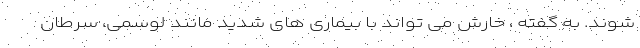
شوند. به گفته ، خارش می تواند با بیماری های شدید مانند لوسمی، سرطان